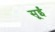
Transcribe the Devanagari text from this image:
सूईं